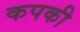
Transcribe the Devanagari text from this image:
कपकी